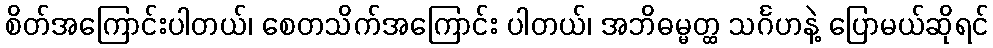
စိတ်အကြောင်းပါတယ်၊ စေတသိက်အကြောင်း ပါတယ်၊ အဘိဓမ္မတ္ထ သင်္ဂဟနဲ့ ပြောမယ်ဆိုရင်